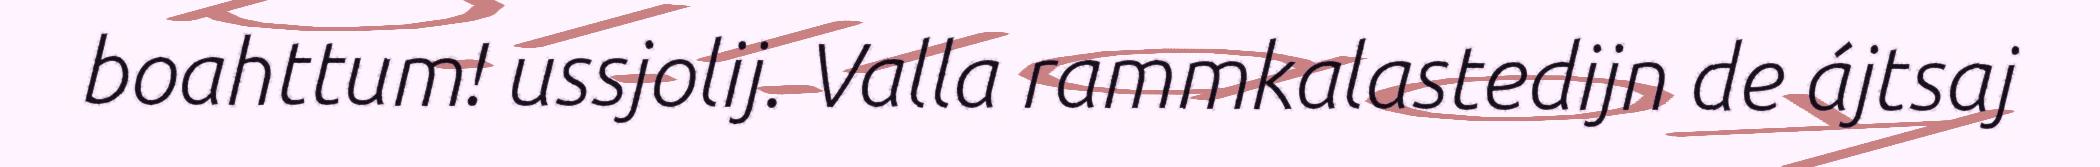
boahttum! ussjolij. Valla rammkalastedijn de ájtsaj